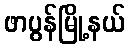
ဖာပွန်မြို့နယ်